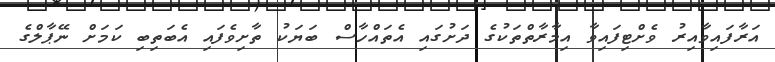
އަރާފައިވާއިރު ވެށްޓިފައިވާ އިމާރާތްތަކުގެ ދަށުގައި އެތައްހާސް ބަޔަކު ތާށިވެފައި އެބަތިބި ކަމަށް ނޭޕާލްގެ